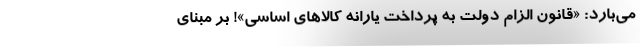
می‌بارد: «قانون الزام دولت به پرداخت یارانه کالاهای اساسی»! بر مبنای